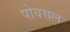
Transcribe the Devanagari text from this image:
पोयसल